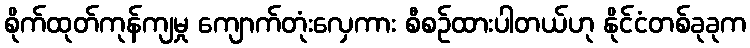
စိုက်ထုတ်ကုန်ကျမှု ကျောက်တုံးလှေကား စီစဉ်ထားပါတယ်ဟု နိုင်ငံတစ်ခုခုက